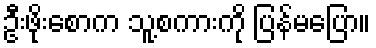
ဦးဖိုးစောက သူ့စကားကို ပြန်မပြော။